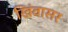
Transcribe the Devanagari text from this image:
खिंवासर